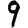
Digit: 9